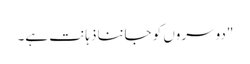
"دوسروں کو جاننا ذہانت ہے۔